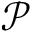
\mathcal { P }